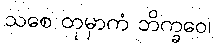
သစေ တုမှာကံ ဘိက္ခဝေ၊